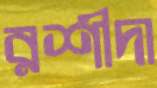
রশীদা